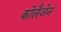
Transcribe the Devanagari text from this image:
कोलैजेन